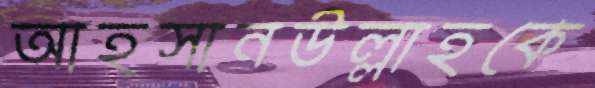
আহসানউল্লাহকে